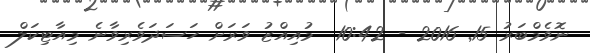
ނޮވެމްބަރު 15